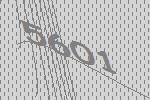
5601